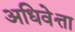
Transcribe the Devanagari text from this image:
अधिवेत्ता